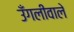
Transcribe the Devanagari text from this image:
उँगलीवाले